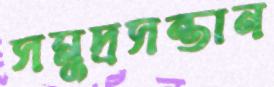
সমুদ্রসন্তান